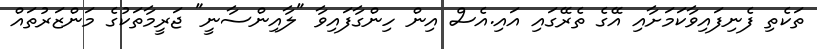
ތަކެތި ފެނިފައިވާކަމަށާއި އޭގެ ތެރޭގައި އައި.އެސް އިން ހިންގާފައިވާ "ލާއިންސާނީ" ޖަރީމާތަކުގެ މަންޒަރުތައް